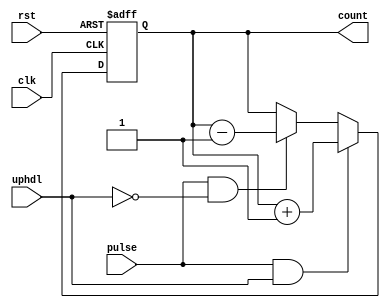
`timescale 1ns / 1ps
//*****************************************************************************//
//    This document contains information proprietary to the                    //
//    CSULB student that created the file - any reuse without                  //
//    adequate approval and documentation is prohibited                        //
//                                                                             //
//    Class:         CECS360 Integrated Circuits Design                        //
//    Project name:  Counter on 7-segment display                              //
//                                                                             //
//    Created by Chanartip Soonthornwan on September 17, 2017.                 //
//    Copyright @ 2017 Chanartip Soonthornwan. All rights reserved.            //
//                                                                             //
//    Abstract:      A 16-bit counter counting up or down base on              //
//                   uphdl signal which HIGH means counting up and             //
//                   LOW means counting down, then return the couting          //
//                   number to 7-segment display                               //
//                                                                             //
//    In submitting this file for class work at CSULB                          //
//    I am confirming that this is my work and the work                        //
//    of no one else.                                                          //
//                                                                             //
//    In the event other code sources are utilized I will                      //
//    document which portion of code and who is the author                     //
//                                                                             //
//    In submitting this code I acknowledge that plagiarism                    //
//    in student project work is subject to dismissal from the class           //
//                                                                             //
//*****************************************************************************//
module Counter(clk, rst, uphdl, pulse, count);

   input       clk, rst;  // on-board clock, and AISO reset signal
   input          uphdl;  // switch input(if HIGH, increment. if LOW, decrement)      
   input          pulse;  // one-shot signal from PED
   output [15:0]  count;  // 16-bit counter for hex in 7-segment display
   reg    [15:0]  count;
   
   always@(posedge clk, posedge rst)
      if(rst) count <= 16'h0;                     else   // Reset
      if(pulse &&  uphdl) count <= count + 16'h1; else   // Increment
      if(pulse && !uphdl) count <= count - 16'h1;        // Decrement
      else    count <= count;                            // No change

endmodule